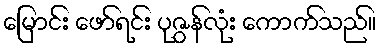
မြောင်း ဖော်ရင်း ပုဇွန်လုံး ကောက်သည်။